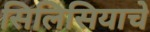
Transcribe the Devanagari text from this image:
सिलिसियाचे